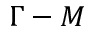
\Gamma - M